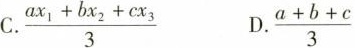
C $$\frac{a x _ { 1 } + b x _ { 2 } + c x _ { 3 } { 3 }$$ D. $$\frac{a + b + c} { 3 }$$